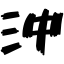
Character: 沖